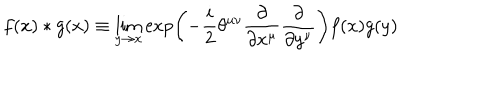
LaTeX: f ( x ) * g ( x ) \equiv \lim _ { y \rightarrow x } \exp \left( - \frac { i } { 2 } \theta ^ { \mu \nu } \frac { \partial } { \partial x ^ { \mu } } \frac { \partial } { \partial y ^ { \nu } } \right) f ( x ) g ( y )